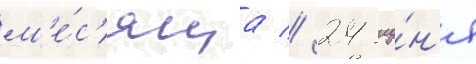
м'е́с'яца // 24 иу́н'я